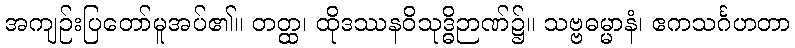
အကျဉ်းပြတော်မူအပ်၏။ တတ္ထ၊ ထိုဒဿနဝိသုဒ္ဓိဉာဏ်၌။ သဗ္ဗဓမ္မာနံ၊ ဧကသင်္ဂဟတာ